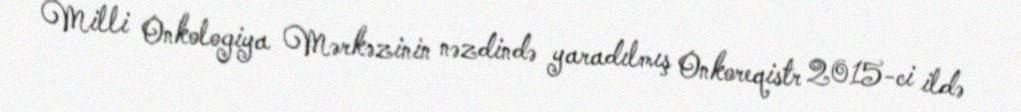
Milli Onkologiya Mərkəzinin nəzdində yaradılmış Onkoreqistr 2015-ci ildə